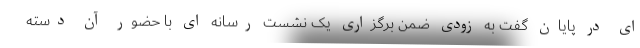
ای در پایان گفت به زودی ضمن برگزاری یک نشست رسانه ای با حضور آن دسته